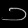
Digit: ၁